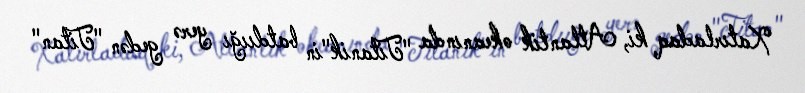
Xatırladaq ki, Atlantik okeanında "Titanik"in batdıığı yerə gedən "Titan"